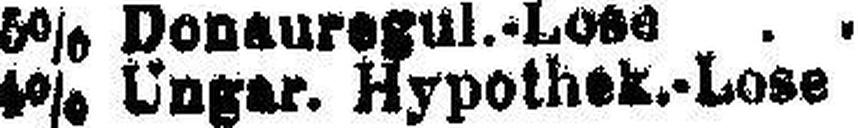
4% Ungar. Hypothek.-Lose